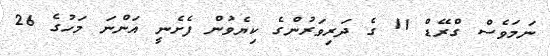
ނަމަވެސް ގްރޭޑް 11 ގެ ދަރިވަރުންގެ ކިޔެވުން ފެށެނީ އަންނަ މަހުގެ 26